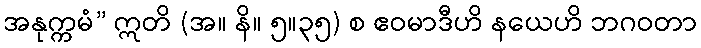
အနုက္ကမံ” ဣတိ (အ။ နိ။ ၅။၃၅) စ ဧဝမာဒီဟိ နယေဟိ ဘဂဝတာ